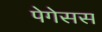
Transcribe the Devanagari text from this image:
पेगेसस